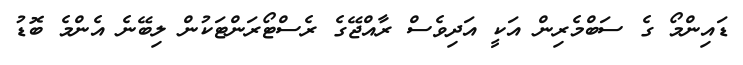
ޑައިންމޯ ގެ ސަބްމެރިން އަކީ އަދިވެސް ރާއްޖޭގެ ރެސްޓޯރަންޓަކުން ލިބޭނެ އެންމެ ބޮޑު